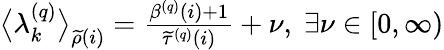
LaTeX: \begin{array}{r}{\big\langle\lambda_{k}^{\left(q\right)}\big\rangle_{\widetilde{\rho}\left(i\right)}=\frac{\beta^{\left(q\right)}\left(i\right)+1}{\widetilde{\tau}^{\left(q\right)}\left(i\right)}+\nu,\; \exists\nu\in\left[0,\infty\right)}\end{array}